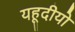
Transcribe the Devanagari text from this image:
यहूदीयो